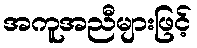
အကူအညီများဖြင့်